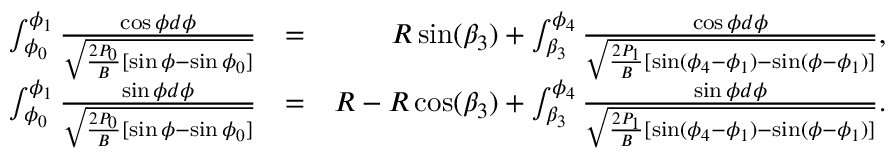
\begin{array} { r l r } { \int _ { \phi _ { 0 } } ^ { \phi _ { 1 } } \frac { \cos \phi d \phi } { \sqrt { \frac { 2 P _ { 0 } } { B } [ \sin \phi - \sin \phi _ { 0 } ] } } } & { = } & { R \sin ( \beta _ { 3 } ) + \int _ { \beta _ { 3 } } ^ { \phi _ { 4 } } \frac { \cos \phi d \phi } { \sqrt { \frac { 2 P _ { 1 } } { B } [ \sin ( \phi _ { 4 } - \phi _ { 1 } ) - \sin ( \phi - \phi _ { 1 } ) ] } } , } \\ { \int _ { \phi _ { 0 } } ^ { \phi _ { 1 } } \frac { \sin \phi d \phi } { \sqrt { \frac { 2 P _ { 0 } } { B } [ \sin \phi - \sin \phi _ { 0 } ] } } } & { = } & { R - R \cos ( \beta _ { 3 } ) + \int _ { \beta _ { 3 } } ^ { \phi _ { 4 } } \frac { \sin \phi d \phi } { \sqrt { \frac { 2 P _ { 1 } } { B } [ \sin ( \phi _ { 4 } - \phi _ { 1 } ) - \sin ( \phi - \phi _ { 1 } ) ] } } . } \end{array}